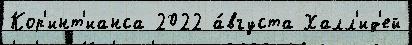
Кор'инт'ианса 2022 а́вгуста Халл'ид'ей